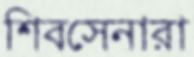
শিবসেনারা